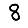
Digit: 8